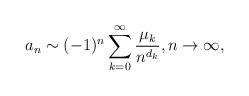
LaTeX: \begin{align*}a_n \sim (-1)^n \sum_{k = 0}^{\infty} \frac{\mu_k}{ n^{d_k} }, n\rightarrow\infty,\end{align*}